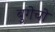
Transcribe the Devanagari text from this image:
बुगेचो